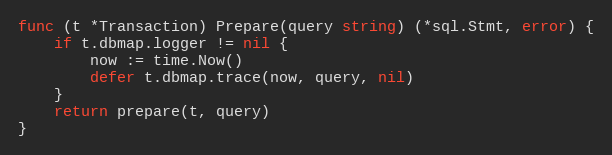
Language: Go
func (t *Transaction) Prepare(query string) (*sql.Stmt, error) {
	if t.dbmap.logger != nil {
		now := time.Now()
		defer t.dbmap.trace(now, query, nil)
	}
	return prepare(t, query)
}